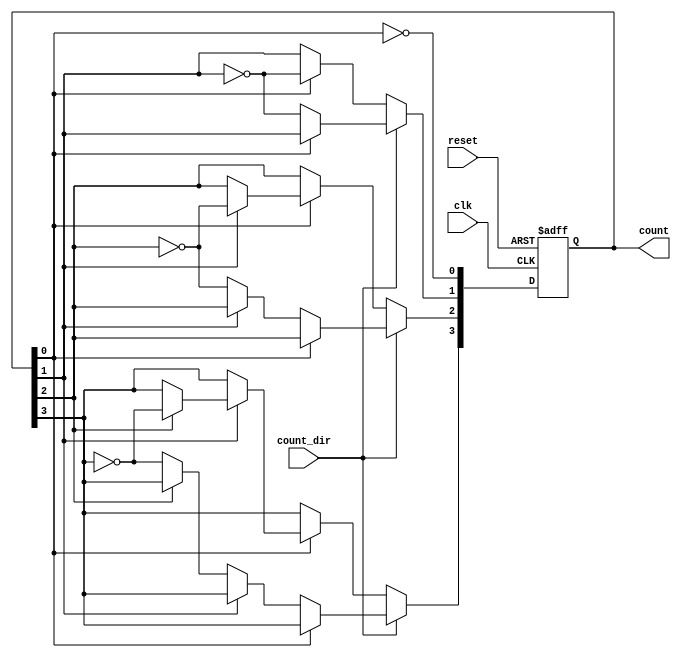
module async_counter (
    input wire clk,          // Clock input
    input wire reset,        // Asynchronous reset input
    input wire count_dir,    // Count direction: 1 for up, 0 for down
    output reg [3:0] count   // 4-bit counter output
);

    // Flip-flop behavior for each bit in the counter
    always @(posedge clk or posedge reset) begin
        if (reset) begin
            count <= 4'b0000; // Reset counter to 0000
        end else begin
            if (count_dir) begin
                count[0] <= ~count[0]; // Toggle LSB
                if (count[0] == 1'b0) begin
                    count[1] <= ~count[1]; // Toggle second bit on LSB transition
                    if (count[1] == 1'b0) begin
                        count[2] <= ~count[2]; // Toggle third bit on second bit transition
                        if (count[2] == 1'b0) begin
                            count[3] <= ~count[3]; // Toggle MSB on third bit transition
                        end
                    end
                end
            end else begin
                count[0] <= ~count[0]; // Toggle LSB
                if (count[0] == 1'b1) begin
                    count[1] <= ~count[1]; // Toggle second bit on LSB transition
                    if (count[1] == 1'b1) begin
                        count[2] <= ~count[2]; // Toggle third bit on second bit transition
                        if (count[2] == 1'b1) begin
                            count[3] <= ~count[3]; // Toggle MSB on third bit transition
                        end
                    end
                end
            end
        end
    end

endmodule